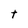
Character: t